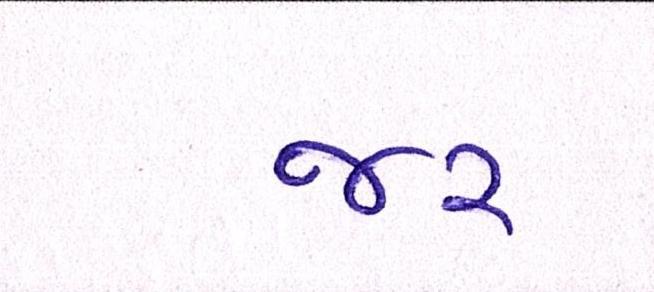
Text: જર